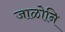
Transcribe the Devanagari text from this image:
जाळोनि